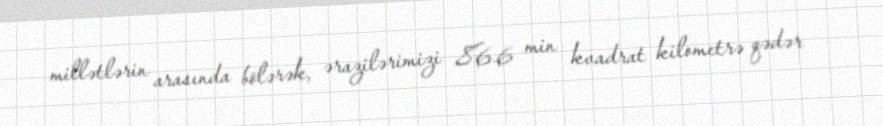
millətlərin arasında bölərək, ərazilərimizi 86.6 min kvadrat kilometrə qədər